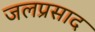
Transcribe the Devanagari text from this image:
जलप्रसाद